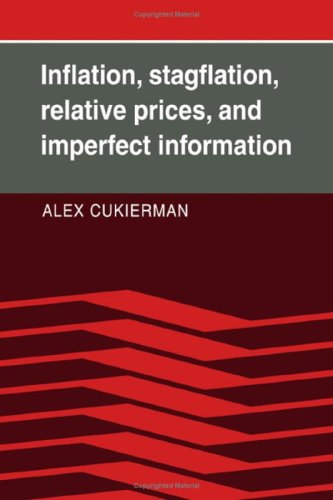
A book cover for Inflation, Stagflation, Relative Prices, and Imperfect Information; Alex Cukierman; Business & Money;